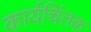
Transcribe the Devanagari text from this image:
कार्यचिंतक